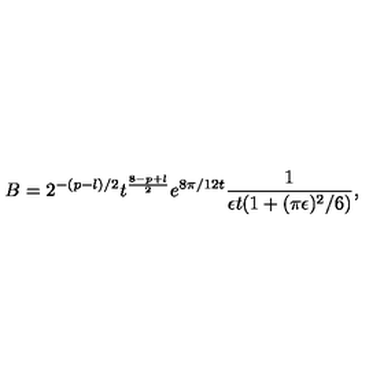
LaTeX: B = 2 ^ { - ( p - l ) / 2 } t ^ { \frac { 8 - p + l } { 2 } } e ^ { 8 \pi / 1 2 t } \frac { 1 } { \epsilon t ( 1 + ( \pi \epsilon ) ^ { 2 } / 6 ) } ,